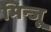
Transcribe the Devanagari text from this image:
मिन्जू